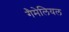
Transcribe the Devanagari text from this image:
गैमेलियल